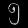
Digit: ၅